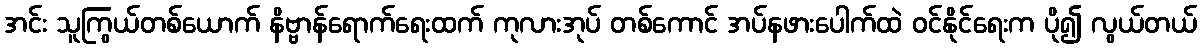
အင်း သူကြွယ်တစ်ယောက် နိဗ္ဗာန်ရောက်ရေးထက် ကုလားအုပ် တစ်ကောင် အပ်နဖားပေါက်ထဲ ဝင်နိုင်ရေးက ပို၍ လွယ်တယ်